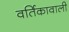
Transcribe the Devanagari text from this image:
वर्तिकावाली